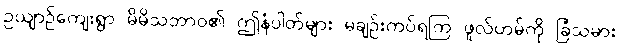
ဥယျာဉ်ကျေးရွာ မိမိသဘာဝ၏ ဤနံပါတ်များ မချဉ်းကပ်ရကြ ဖူလ်ဟမ်ကို ခြံသမား